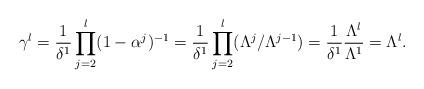
LaTeX: \begin{align*}\gamma^l = \frac{1}{\delta^1} \prod_{j=2}^l (1-\alpha^j)^{-1}= \frac{1}{\delta^1} \prod_{j=2}^l (\Lambda^{j}/\Lambda^{j-1})= \frac{1}{\delta^1} \frac{\Lambda^l}{\Lambda^1} = \Lambda^l .\end{align*}